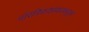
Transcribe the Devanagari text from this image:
वॉरविकशायरकडून